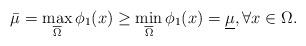
LaTeX: \begin{align*}\bar{\mu}=\max_{\overline{\Omega }}\phi _{1}(x)\geq \min_{\overline{\Omega }}\phi _{1}(x)=\underline{\mu },\forall x\in \Omega . \end{align*}